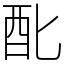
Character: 䣥